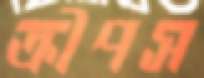
ক্রীপস